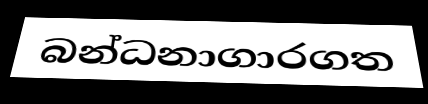
බන්ධනාගාරගත